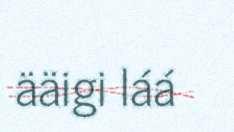
ääigi láá